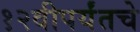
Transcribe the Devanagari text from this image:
१२वीपर्यंतचे